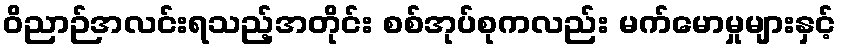
ဝိညာဉ်အလင်းရသည့်အတိုင်း စစ်အုပ်စုကလည်း မက်မောမှုများနှင့်